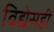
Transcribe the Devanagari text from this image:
विद्येसही